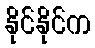
နိုင်နိုင်က